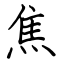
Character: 焦